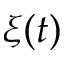
\xi ( t )